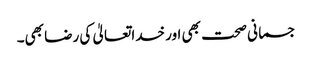
جسمانی صحت بھی اور خداتعالیٰ کی رضا بھی۔